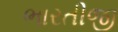
ભારતીજી